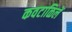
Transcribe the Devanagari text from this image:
कवटाळिलें